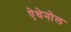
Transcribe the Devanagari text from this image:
ऐथेनोल